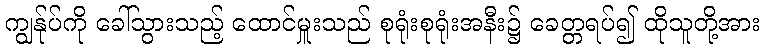
ကျွန်ုပ်ကို ခေါ်သွားသည့် ထောင်မှူးသည် စုရုံးစုရုံးအနီး၌ ခေတ္တရပ်၍ ထိုသူတို့အား